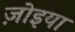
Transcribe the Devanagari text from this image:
ज़ोइया